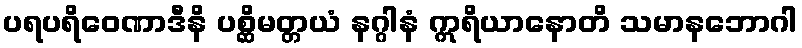
ပရပရိဝေဏာဒီနိ ပစ္ဆိမတ္တယံ နဂ္ဂါနံ ဣရိယာနောတိ သမာနဘောဂါ